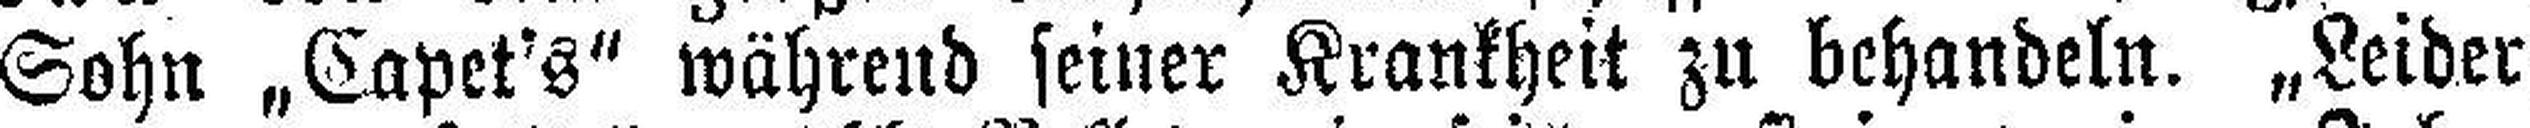
Sohn „Capet's" während seiner Krankheit zu behandeln. „Leider